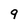
Character: 9